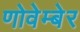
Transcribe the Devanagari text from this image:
णोवेम्बेर